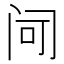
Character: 𬮠